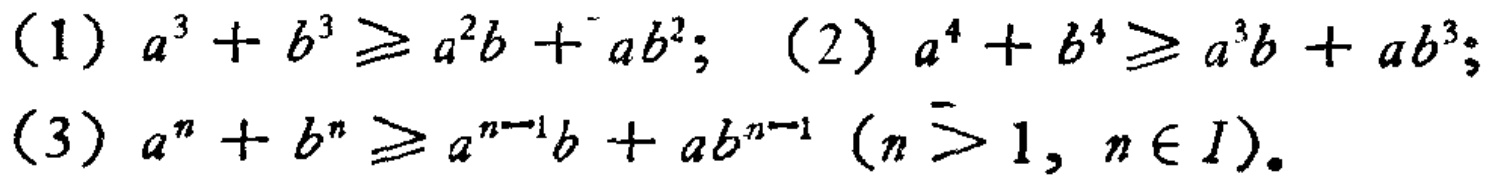
(1) \(a^{3}+b^{3}\geqslant a^{2}b + ab^{2}\); (2) \(a^{4}+b^{4}\geqslant a^{3}b+ab^{3}\); (3) \(a^{n}+b^{n}\geqslant a^{n - 1}b+ab^{n - 1}\ (n>1, n\in I)\)